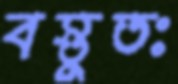
বস্তুতঃ